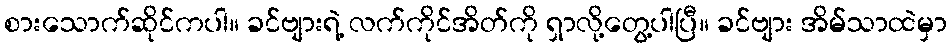
စားသောက်ဆိုင်ကပါ။ ခင်ဗျားရဲ့ လက်ကိုင်အိတ်ကို ရှာလို့တွေ့ပါပြီ။ ခင်ဗျား အိမ်သာထဲမှာ